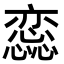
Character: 𢣫